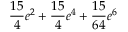
\frac { 1 5 } { 4 } e ^ { 2 } + \frac { 1 5 } { 4 } e ^ { 4 } + \frac { 1 5 } { 6 4 } e ^ { 6 }